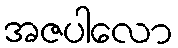
အဇပါလော